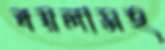
বয়লাসহ